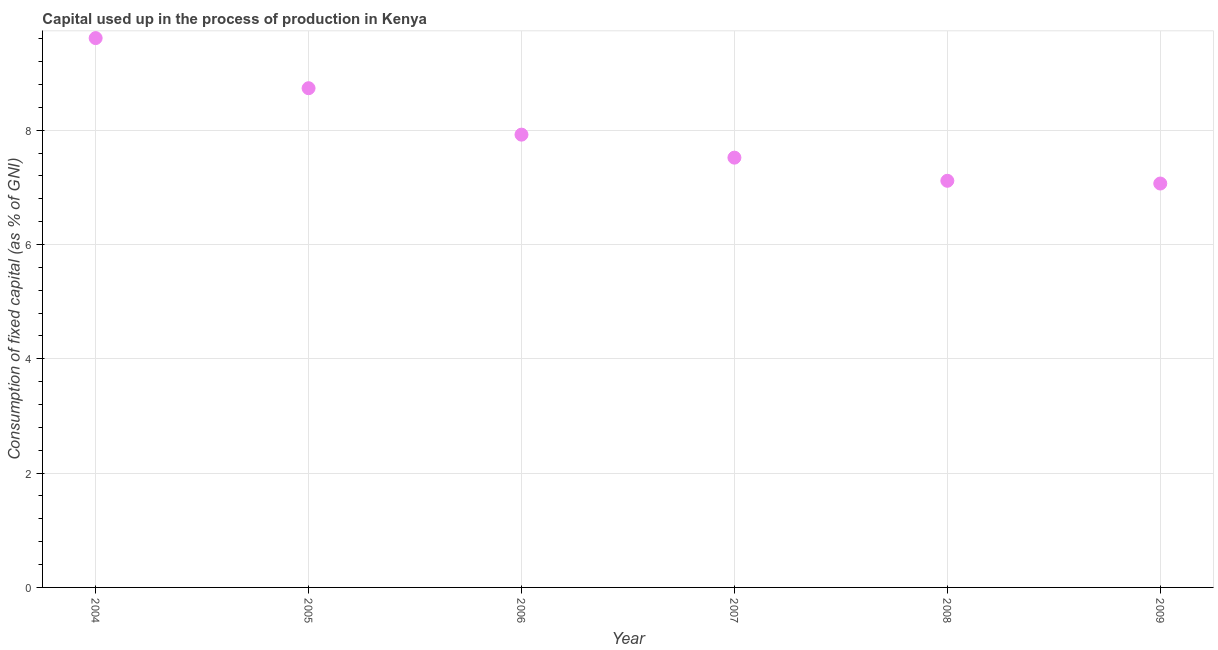
| Year | Consumption of fixed capital |
 | --- | --- |
 | 2004 | 9.61 |
 | 2005 | 8.74 |
 | 2006 | 7.92 |
 | 2007 | 7.52 |
 | 2008 | 7.12 |
 | 2009 | 7.07 |